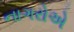
નાગરોએ